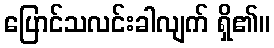
ပြောင်သလင်းခါလျက် ရှိ၏။